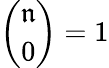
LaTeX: {\binom{\mathfrak{n}}{0}}=1